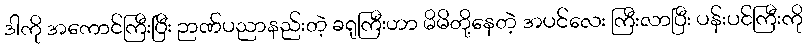
ဒါကို အကောင်ကြီးပြီး ဉာဏ်ပညာနည်းတဲ့ ခရုကြီးဟာ မိမိတို့နေတဲ့ အပင်လေး ကြီးလာပြီး ပန်းပင်ကြီးကို